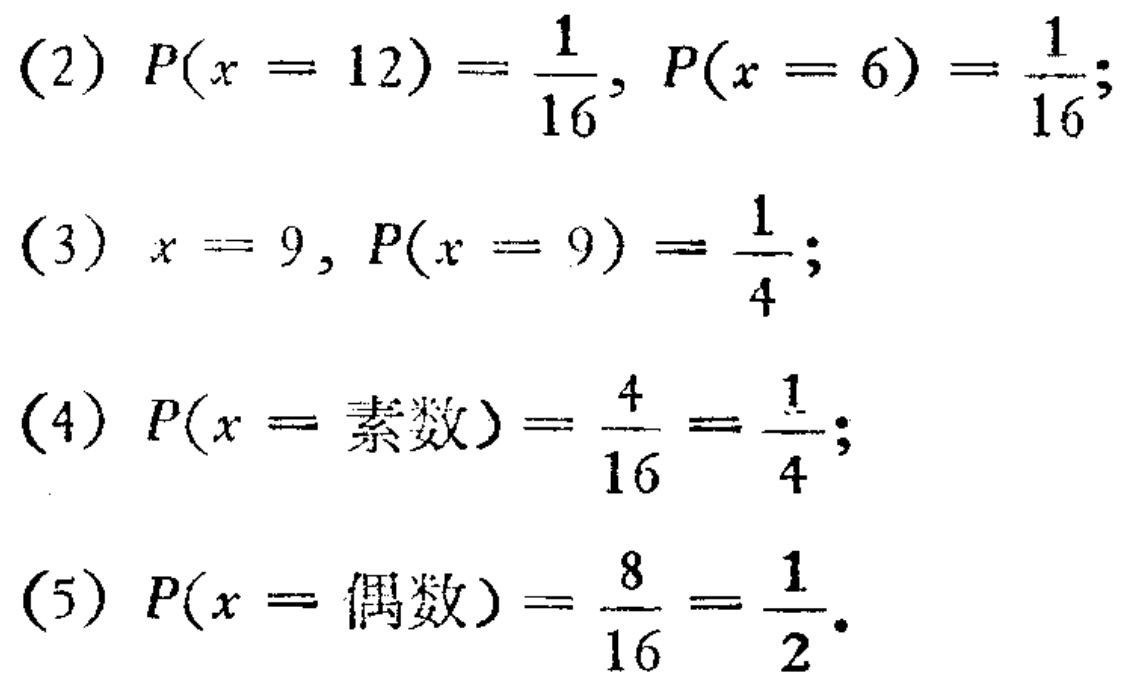
(2) \(P(x = 12)=\frac{1}{16}, P(x = 6)=\frac{1}{16};\)

(3) \(x = 9, P(x = 9)=\frac{1}{4};\)

(4) \(P(x =\text{素数})=\frac{4}{16}=\frac{1}{4};\)

(5) \(P(x =\text{偶数})=\frac{8}{16}=\frac{1}{2}.\)